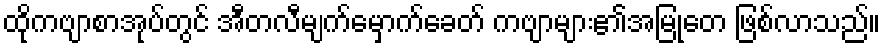
ထိုကဗျာစာအုပ်တွင် အီတလီမျက်မှောက်ခေတ် ကဗျာများ၏အမြုတေ ဖြစ်လာသည်။